Civil Veterinary Department. United Provinces 1912-22 - 1912-1922
Year: 1912
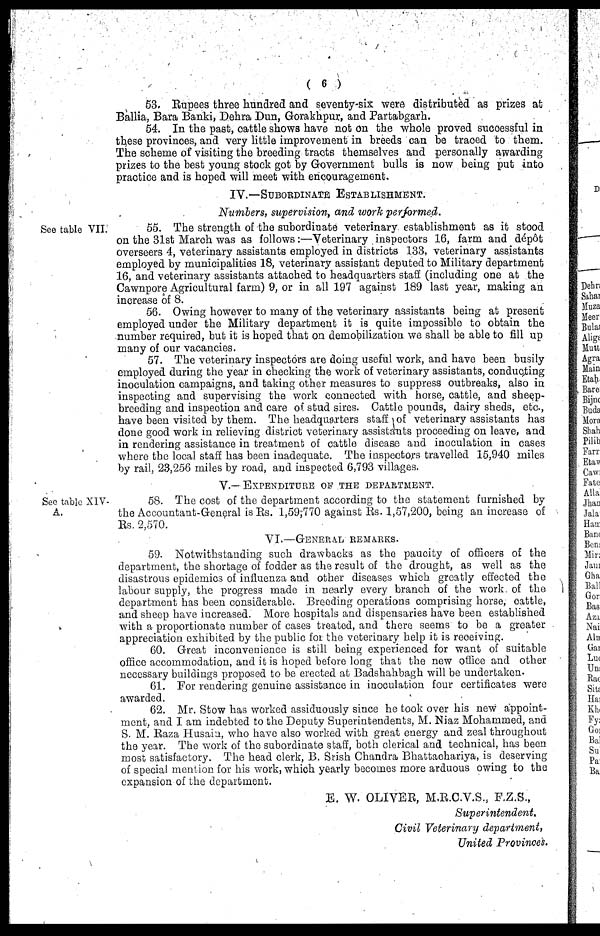
(6)
53. Rupees three hundred and seventy-six were distributed as prizes at
Ballia, Bara Banki, Dehra Dun, Gorakhpur, and Partabgarh.
54. In the past, cattle shows have not on the whole proved successful in
these provinces, and very little improvement in breeds can be traced to them.
The scheme of visiting the breeding tracts themselves and personally awarding
prizes to the best young stock got by Government bulls is now being put into
practice and is hoped will meet with encouragement.
IV.-Subordinate Establishment.
Numbers, supervision, and work performed.
See table VII.
55. The strength of the subordinate veterinary establishment as it stood
on the 31st March was as follows:—Veterinary inspectors 16, farm and depot
overseers 4, veterinary assistants employed in districts 133, veterinary assistants
employed by municipalities 18, veterinary assistant deputed to Military department
16, and veterinary assistants attached to headquarters staff (including one at the
Cawnpore Agricultural farm) 9, or in all 197 against 189 last year, making an
increase of 8.
56. Owing however to many of the veterinary assistants being at present
employed under the Military department it is quite impossible to obtain the
number required, but it is hoped that on demobilization we shall be able to fill up
many of our vacancies.
57. The veterinary inspectors are doing useful work, and have been busily
employed during the year in checking the work of veterinary assistants, conducting
inoculation campaigns, and taking other measures to suppress outbreaks, also in
inspecting and supervising the work connected with horse, cattle, and sheep-
breeding and inspection and care of stud sires. Cattle pounds, dairy sheds, etc.,
have been visited by them. The headquarters staff of veterinary assistants has
done good work in relieving district veterinary assistants proceeding on leave, and
in rendering assistance in treatment of cattle disease and inoculation in cases
where the local staff has been inadequate. The inspectors travelled 15,940 miles
by rail, 23,256 miles by road, and inspected 6,793 villages.
V.—Expenditure of the department.
See table XIV-
A.
58. The cost of the department according to the statement furnished by
the Accountant-General is Rs. 1,59,770 against Rs. 1,57,200, being an increase of
Rs. 2,570.
VI.—General remarks.
59. Notwithstanding such drawbacks as the paucity of officers of the
department, the shortage of fodder as the result of the drought, as well as the
disastrous epidemics of influenza and other diseases which greatly effected the
labour supply, the progress made in nearly every branch of the work of the
department has been considerable. Breeding operations comprising horse, cattle,
and sheep have increased. More hospitals and dispensaries have been established
with a proportionate number of cases treated, and there seems to be a greater
appreciation exhibited by the public for the veterinary help it is receiving.
60. Great inconvenience is still being experienced for want of suitable
office accommodation, and it is hoped before long that the new office and other
necessary buildings proposed to be erected at Badshahbagh will be undertaken.
61. For rendering genuine assistance in inoculation four certificates were
awarded.
62. Mr. Stow has worked assiduously since he took over his new appoint-
ment, and I am indebted to the Deputy Superintendents, M. Niaz Mohammed, and
S. M. Raza Husain, who have also worked with great energy and zeal throughout
the year. The work of the subordinate staff, both clerical and technical, has been
most satisfactory. The head clerk, B. Srish Chandra Bhattachariya, is deserving
of special mention for his work, which yearly becomes more arduous owing to the
expansion of the department.
E. W. OLIVER, M.R.C.V.S., F.Z.S.,
Superintendent.
Civil Veterinary department,
United Provinces.